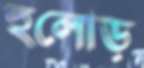
হুলোড়